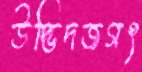
উদ্ভিদজগৎ